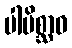
ပါပိစ္ဆာဝ